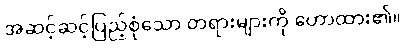
အဆင့်ဆင့်ပြည့်စုံသော တရားများကို ဟောထား၏။